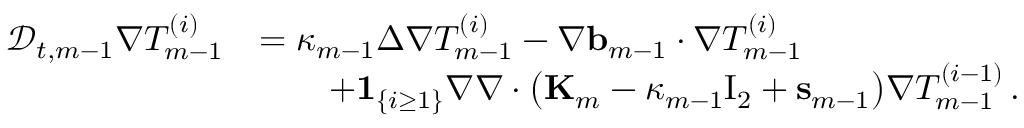
\begin{array} { r l } { \mathscr { D } _ { t , m - 1 } \nabla T _ { m - 1 } ^ { ( i ) } } & { = \kappa _ { m - 1 } \Delta \nabla T _ { m - 1 } ^ { ( i ) } - \nabla \ensuremath { \mathbf { b } } _ { m - 1 } \cdot \nabla T _ { m - 1 } ^ { ( i ) } } \\ & { \qquad + { \bf 1 } _ { \{ i \geq 1 \} } \nabla \nabla \cdot \bigl ( \mathbf { K } _ { m } - \kappa _ { m - 1 } \ensuremath { \mathrm { I } _ { 2 } } + \mathbf { s } _ { m - 1 } \bigr ) \nabla T _ { m - 1 } ^ { ( i - 1 ) } \, . } \end{array}